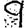
Digit: 9